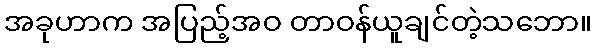
အခုဟာက အပြည့်အဝ တာဝန်ယူချင်တဲ့သဘော။